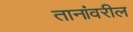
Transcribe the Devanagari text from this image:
तानांवरील